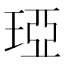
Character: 𤦩